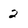
Character: 2